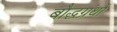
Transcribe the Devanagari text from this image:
बौद्धग्रंथों